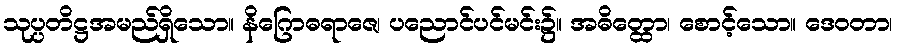
သုပ္ပတိဋ္ဌအမည်ရှိသော။ နိဂြောဓရာဇေ၊ ပညောင်ပင်မင်း၌။ အဓိတ္ထော၊ စောင့်သော။ ဒေဝတာ၊